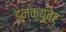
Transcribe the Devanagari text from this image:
इन्क्युबेट